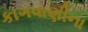
કાગવાણીના